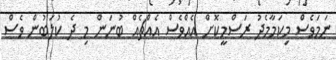
ނަމަވެސް މިކަމާމެދު ރަސްމީކޮށް އެއްވެސް އެއްޗެއް ބުނަން މި ދެ ކުލަބުން ވެސް